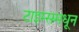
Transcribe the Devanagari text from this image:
टाइम्समधून